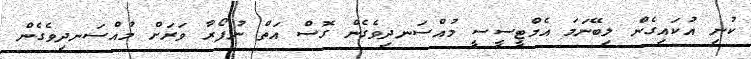
ކުނި އުކައިގެން ލިބޭނަމަ އެމްޓީސީސީ މުއްސަނދިވެގެން ގޮސް އަތް ނުފޯރާ ވަރަށް މުއްސަނދިވެގެން